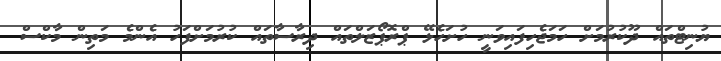
ޔުނިޓްތައް ދޫކުރުމަށް ހަމަޖެހިފައިވަނީ ހުށަހެޅޭ ޕްރޮޕޯޒަލްތައް ދިރާސާތައް ކުރުމަށްފަހު އެންމެ މަތިން މާކްސް